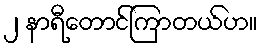
၂ နာရီတောင်ကြာတယ်ဟ။